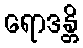
ရောဒန္တိ